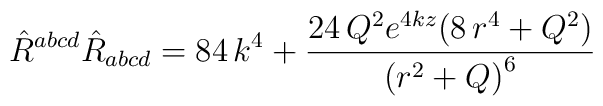
{\hat{R}}^{abcd}{\hat{R}}_{abcd}=84\,k^4+\frac{24\,Q^2e^{4kz}(8\,r^4+Q^2)}{{(r^2+Q)}^6}